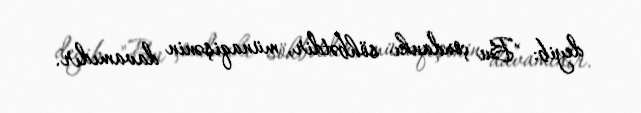
deyib: "Bu çoxdankı söhbətdir, münaqişənin davamıdır.